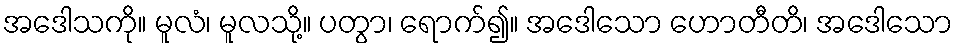
အဒေါသကို။ မူလံ၊ မူလသို့။ ပတွာ၊ ရောက်၍။ အဒေါသော ဟောတီတိ၊ အဒေါသော